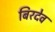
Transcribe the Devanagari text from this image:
बिरदेव